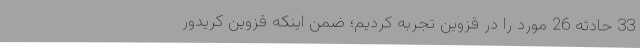
33 حادثه 26 مورد را در قزوین تجربه کردیم؛ ضمن اینکه قزوین کریدور